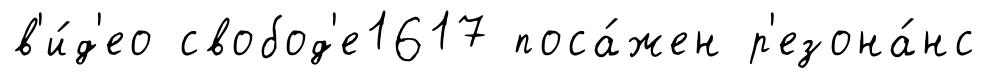
в'и́д'ео свобод'е1617 поса́жен р'езона́нс